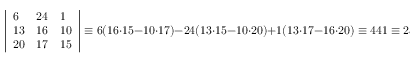
{ \left| \begin{array} { l l l } { 6 } & { 2 4 } & { 1 } \\ { 1 3 } & { 1 6 } & { 1 0 } \\ { 2 0 } & { 1 7 } & { 1 5 } \end{array} \right| } \equiv 6 ( 1 6 \cdot 1 5 - 1 0 \cdot 1 7 ) - 2 4 ( 1 3 \cdot 1 5 - 1 0 \cdot 2 0 ) + 1 ( 1 3 \cdot 1 7 - 1 6 \cdot 2 0 ) \equiv 4 4 1 \equiv 2 5 { \pmod { 2 6 } }